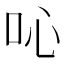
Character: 吣